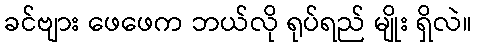
ခင်ဗျား ဖေဖေက ဘယ်လို ရုပ်ရည် မျိုး ရှိလဲ။